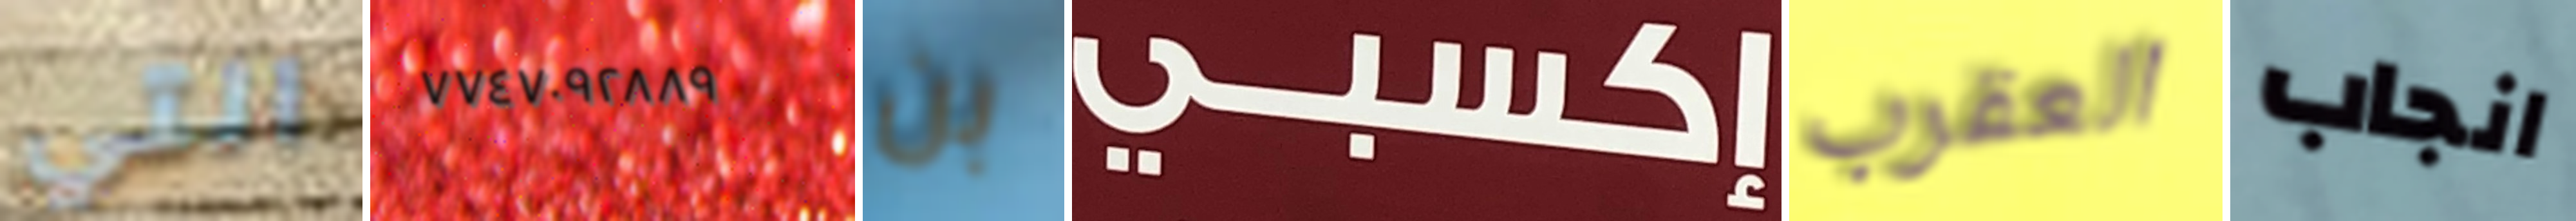
التي ٧٧٤٧٠٩٢٨٨٩ بن إكسبي العقرب انجاب